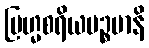
ဗြဟ္မစရိယပဉ္စမာနိ